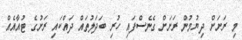
މި ރަށަށް ދިޔުމުން ރަށަށް ގެނެސްފައި ހުރި ބަދަލުތައް ދައްކައި ރަށުގެ ޓުއާއެއް